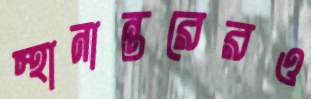
স্থানান্তরেরও